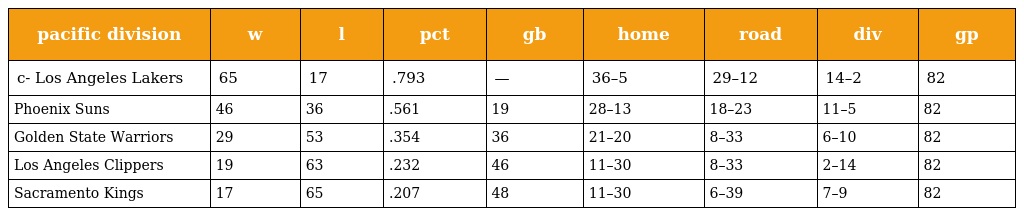
| pacific division | w | l | pct | gb | home | road | div | gp |
 | --- | --- | --- | --- | --- | --- | --- | --- | --- |
 | c- Los Angeles Lakers | 65 | 17 | .793 | — | 36–5 | 29–12 | 14–2 | 82 |
 | Phoenix Suns | 46 | 36 | .561 | 19 | 28–13 | 18–23 | 11–5 | 82 |
 | Golden State Warriors | 29 | 53 | .354 | 36 | 21–20 | 8–33 | 6–10 | 82 |
 | Los Angeles Clippers | 19 | 63 | .232 | 46 | 11–30 | 8–33 | 2–14 | 82 |
 | Sacramento Kings | 17 | 65 | .207 | 48 | 11–30 | 6–39 | 7–9 | 82 |